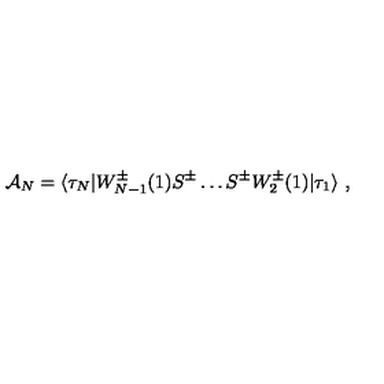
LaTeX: { \cal A } _ { N } = \langle \tau _ { N } | W _ { N - 1 } ^ { \pm } ( 1 ) S ^ { \pm } \ldots S ^ { \pm } W _ { 2 } ^ { \pm } ( 1 ) | \tau _ { 1 } \rangle \ ,